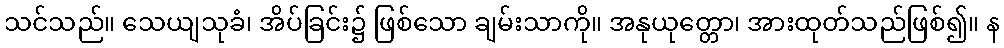
သင်သည်။ သေယျသုခံ၊ အိပ်ခြင်း၌ ဖြစ်သော ချမ်းသာကို။ အနုယုတ္တော၊ အားထုတ်သည်ဖြစ်၍။ န